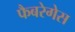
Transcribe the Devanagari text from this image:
फैबरेगेस